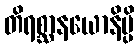
တိရစ္ဆာနယောနိမ္ပိ